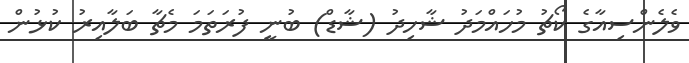
ވެލެންސިއާގެ ކޯޗު މުހައްމަދު ޝާހިދު (ޝާޑް) ބުނީ ފުރަތަމަ މެޗާ ބަލާއިރު ކުޅުން